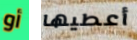
أو أعطيها